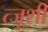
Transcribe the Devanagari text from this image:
त्जूशी